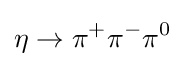
\eta \rightarrow \pi ^{+}\pi ^{-}\pi ^{0}